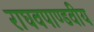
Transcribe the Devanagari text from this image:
राघवपाण्डवीय